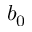
b _ { 0 }